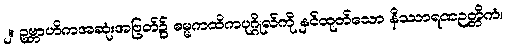
၂။ ဥဗ္ဘာဟိကအဆုံးအဖြတ်၌ ဓမ္မကထိကပုဂ္ဂိုလ်ကို နှင်ထုတ်သော နိဿာရဏဉတ္တိကံ၊